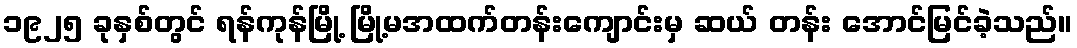
၁၉၂၅ ခုနှစ်တွင် ရန်ကုန်မြို့ မြို့မအထက်တန်းကျောင်းမှ ဆယ် တန်း အောင်မြင်ခဲ့သည်။